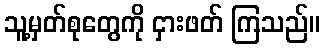
သူ့မှတ်စုတွေကို ငှားဖတ် ကြသည်။